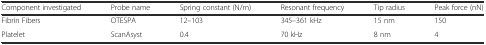
| Component investigated | Probe name | Spring constant (N/m) | Resonant frequency | Tip radius | Peak force (nN) |
 | --- | --- | --- | --- | --- | --- |
 | Fibrin Fibers | OTESPA | 12–103 | 345–361 kHz | 15 nm | 150 |
 | Platelet | ScanAsyst | 0.4 | 70 kHz | 8 nm | 4 |